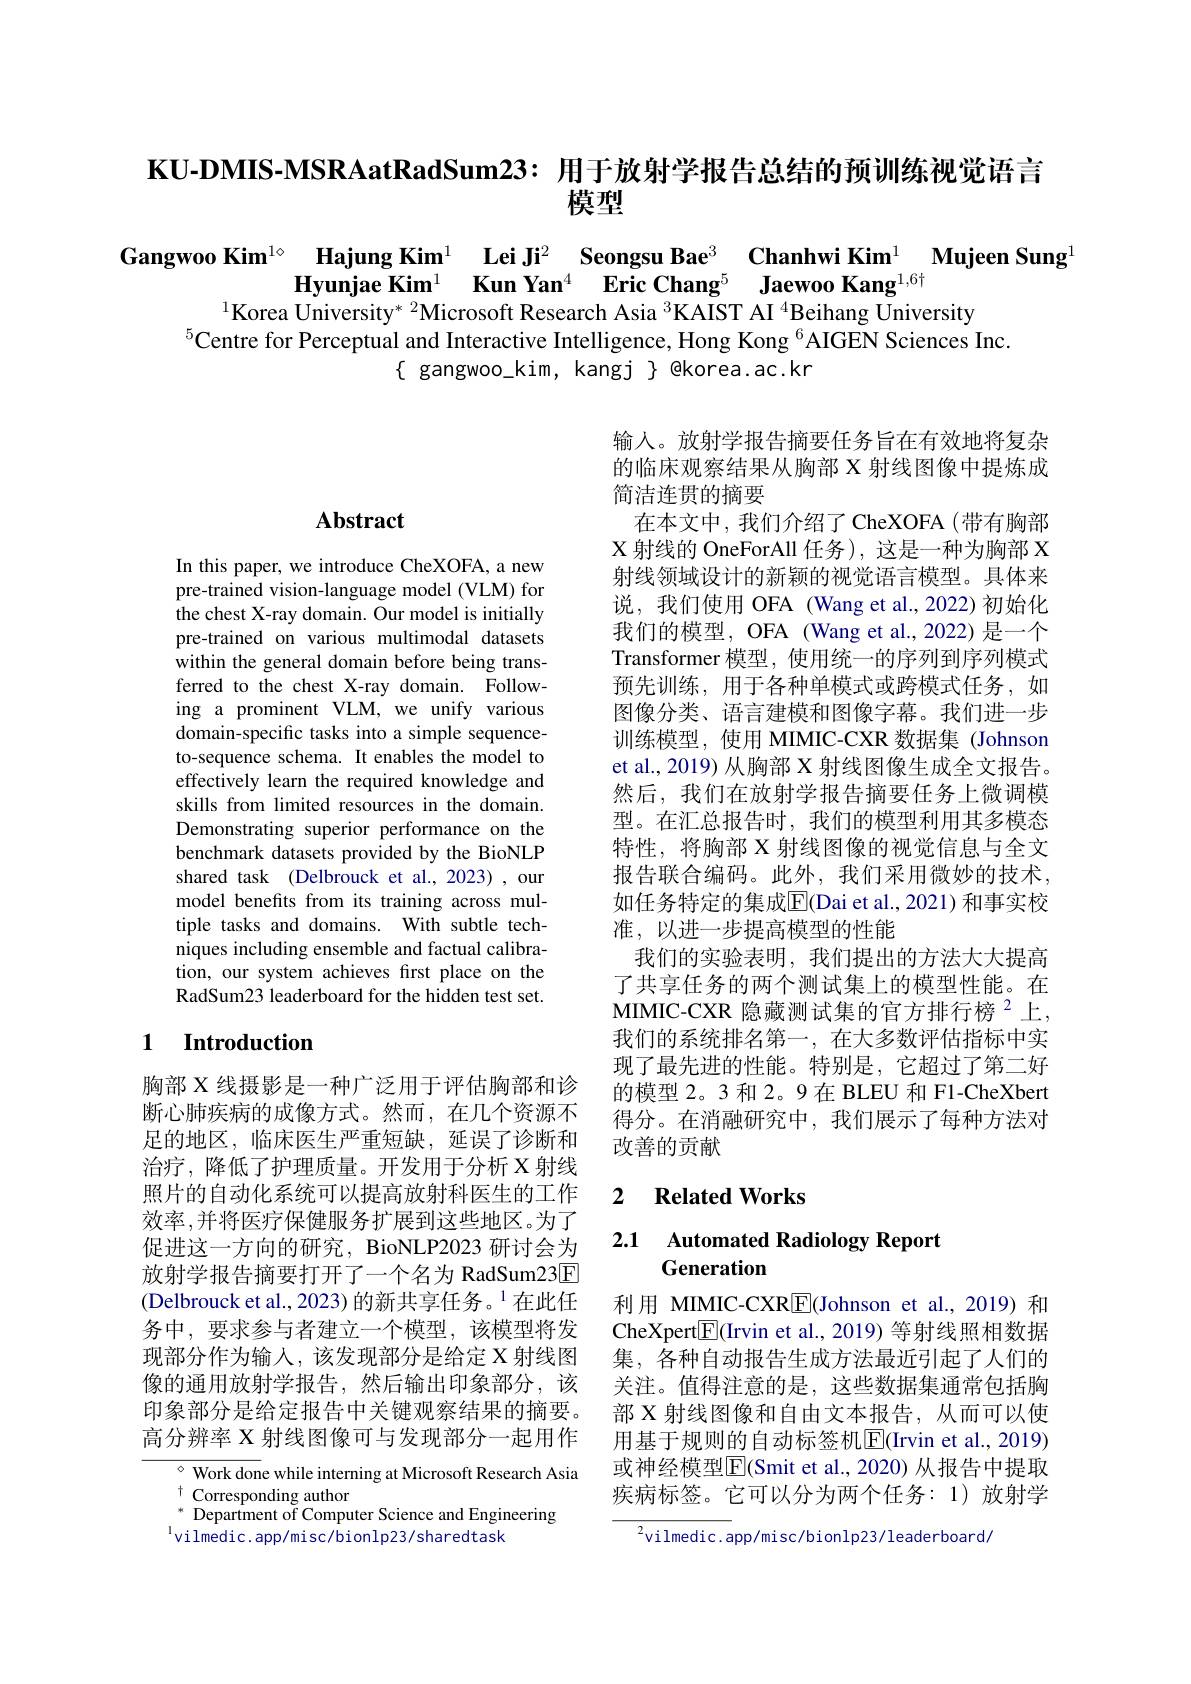
KU-DMIS-MSRAatRadSum23: 用于放射学报告总结的预训练视觉语言
# 模型

Gangwoo Kim$^{1\diamond}$ Hajung Kim$^{1}$ Lei Ji$^{2}$ Seongsu Bae$^{3}\textbf{ Chanhwi Kim}^{1}\textbf{ Mujeen Sung}^{1}$Hyunjae Kim$^{1}$ Kun Yan$^{4}$ Eric Chang$^{5}$ Jaewoo Kang$^{1,6\dagger}$ Mujeen Sung$^{1}$
$^{5}$Centre for Perceptual and Interactive Intelligence, Hong Kong $^{6}$AIGEN Sciences Inc.
$\{$ gangwoo\_kim, kangj $\}$ @korea.ac.kr

## Abstract

In this paper, we introduce CheXOFA, a new pre-trained vision-language model (VLM) for the chest X-ray domain. Our model is initially pre-trained on various multimodal datasets within the general domain before being transferred to the chest X-ray domain. Following a prominent VLM, we unify various domain-specific tasks into a simple sequenceto-sequence schema. It enables the model to effectively learn the required knowledge and skills from limited resources in the domain. Demonstrating superior performance on the benchmark datasets provided by the BioNLP shared task (Delbrouck et al., 2023) , our model benefits from its training across multiple tasks and domains. With subtle techniques including ensemble and factual calibration, our system achieves first place on the RadSum23 leaderboard for the hidden test set.

输入。放射学报告摘要任务旨在有效地将复杂的临床观察结果从胸部 X 射线图像中提炼成简洁连贯的摘要
在本文中，我们介绍了 CheXOFA(带有胸部$X$射线的 OneForAll 任务), 这是一种为胸部 X 射线领域设计的新颖的视觉语言模型。具体来说，我们使用 OFA (Wang et al.,2022)初始化我们的模型，OFA (Wang et al.,2022) 是一个Transformer 模型，使用统一的序列到序列模式预先训练，用于各种单模式或跨模式任务，如图像分类、语言建模和图像字幕。我们进一步训练模型，使用 MIMIC-CXR 数据集 (Johnson et al., 2019) 从胸部 X 射线图像生成全文报告。然后，我们在放射学报告摘要任务上微调模型。在汇总报告时，我们的模型利用其多模态特性，将胸部 X 射线图像的视觉信息与全文报告联合编码。此外，我们采用微妙的技术， 如任务特定的集成$\overline{\mathbb{E}}($Dai et al., 2021) 和事实校准，以进一步提高模型的性能
我们的实验表明，我们提出的方法大大提高了共享任务的两个测试集上的模型性能。在MIMIC-CXR 隐藏测试集的官方排行榜$^2$上， 我们的系统排名第一，在大多数评估指标中实现了最先进的性能。特别是，它超过了第二好的模型 2。3 和 2。9 在 BLEU 和 F1-CheXbert 得分。在消融研究中，我们展示了每种方法对改善的贡献

## 1 $\textbf{Introduction}$

### 2 $\textbf{Related Works}$

## 2.1 Automated Radiology Report Generation

胸部 X 线摄影是一种广泛用于评估胸部和诊断心肺疾病的成像方式。然而，在几个资源不足的地区，临床医生严重短缺，延误了诊断和治疗，降低了护理质量。开发用于分析 X 射线照片的自动化系统可以提高放射科医生的工作效率，并将医疗保健服务扩展到这些地区。为了促进这一方向的研究，BioNLP2023 研讨会为放射学报告摘要打开了一个名为 RadSum23$\boxed{\mathrm{E}}$ (Delbrouck et al., 2023) 的新共享任务。$^{1}$在此任务中，要求参与者建立一个模型，该模型将发现部分作为输入，该发现部分是给定 X 射线图像的通用放射学报告，然后输出印象部分，该印象部分是给定报告中关键观察结果的摘要。高分辨率 X 射线图像可与发现部分一起用作

利用 MIMIC-CXR$\underline{\mathrm{E}}($Johnson et al.,2019)和CheXpert$\boxed{\mathrm{F}}($Irvin et al., 2019) 等射线照相数据集，各种自动报告生成方法最近引起了人们的关注。值得注意的是，这些数据集通常包括胸部 X 射线图像和自由文本报告，从而可以使用基于规则的自动标签机$\overline{\mathrm{E}}($Irvin et al., 2019) 或神经模型$\overline{\mathrm{E}}($Smit et al., 2020) 从报告中提取疾病标签。它可以分为两个任务：1)放射学

${^{\circ}\text{ Work done while interning at Microsoft Research Asia}}$
$\begin{array}{cc}^{+}&\text{Corresponding author}\\^{*}&\text{Danartmant of Comnu}\end{array}$
$^{*}$ Department of Computer Science and Engineering
$^{\mathrm{l}}$vilmedic.app/misc/bionlp23/sharedtask

$^2$vilmedic.app/misc/bionlp23/leaderboard/